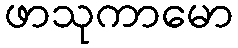
ဖာသုကာမော